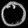
Digit: ၀